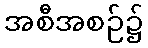
အစီအစဉ်၌